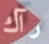
رآك